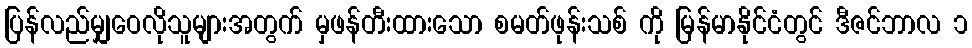
ပြန်လည်မျှဝေလိုသူများအတွက် မှဖန်တီးထားသော စမတ်ဖုန်းသစ် ကို မြန်မာနိုင်ငံတွင် ဒီဇင်ဘာလ ၁